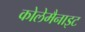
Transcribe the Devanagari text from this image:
कोलेमैनाइट